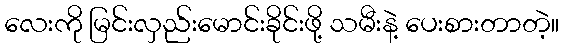
လေးကို မြင်းလှည်းမောင်းခိုင်းဖို့ သမီးနဲ့ ပေးစားတာတဲ့။